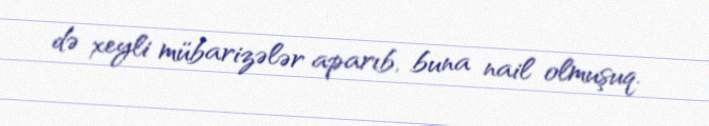
də xeyli mübarizələr aparıb, buna nail olmuşuq.